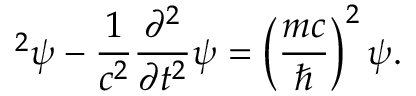
\mathbf { \nabla } ^ { 2 } \psi - { \frac { 1 } { c ^ { 2 } } } { \frac { \partial ^ { 2 } } { \partial t ^ { 2 } } } \psi = \left( { \frac { m c } { \hbar } } \right) ^ { 2 } \psi .